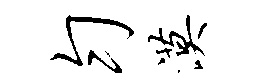
匀漠